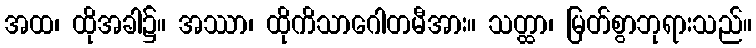
အထ၊ ထိုအခါ၌။ အဿာ၊ ထိုကိသာဂေါတမီအား။ သတ္ထာ၊ မြတ်စွာဘုရားသည်။